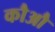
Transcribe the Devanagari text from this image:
कौऔ